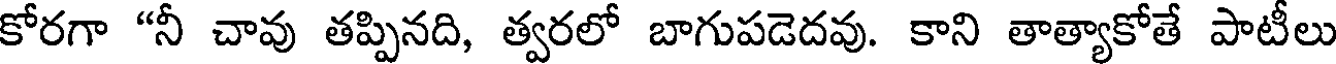
కోరగా "నీ చావు తప్పినది, త్వరలో బాగుపడెదవు. కాని తాత్యాకోతే పాటీలు